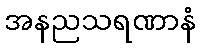
အနညသရဏာနံ